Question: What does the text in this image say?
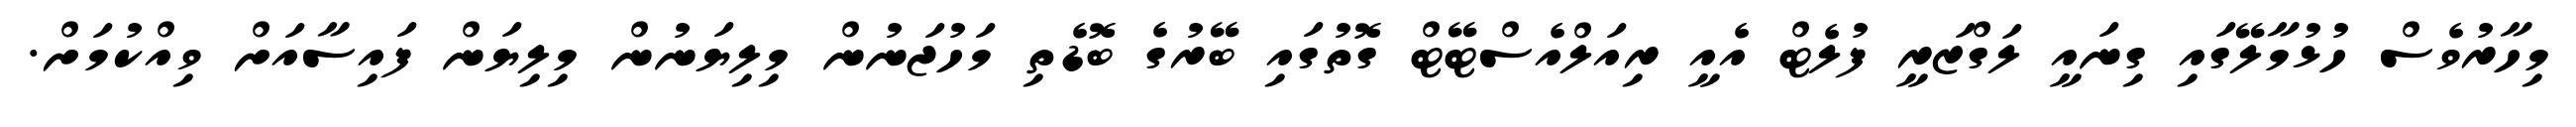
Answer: މިހާރުވެސް ހުޅުމާލޭގައި ގިނައީ ލަގްޒަރީ ފުލެޓް އެއީ ރިއަލްއެސްޓޭޓް ގޮތުގައި ބޭރުގެ ބޮޑެތި މަހުޖަނުން މިލިޔަނުން މިލިޔަން ފައިސާއަށް ވިއްކުމަށް.